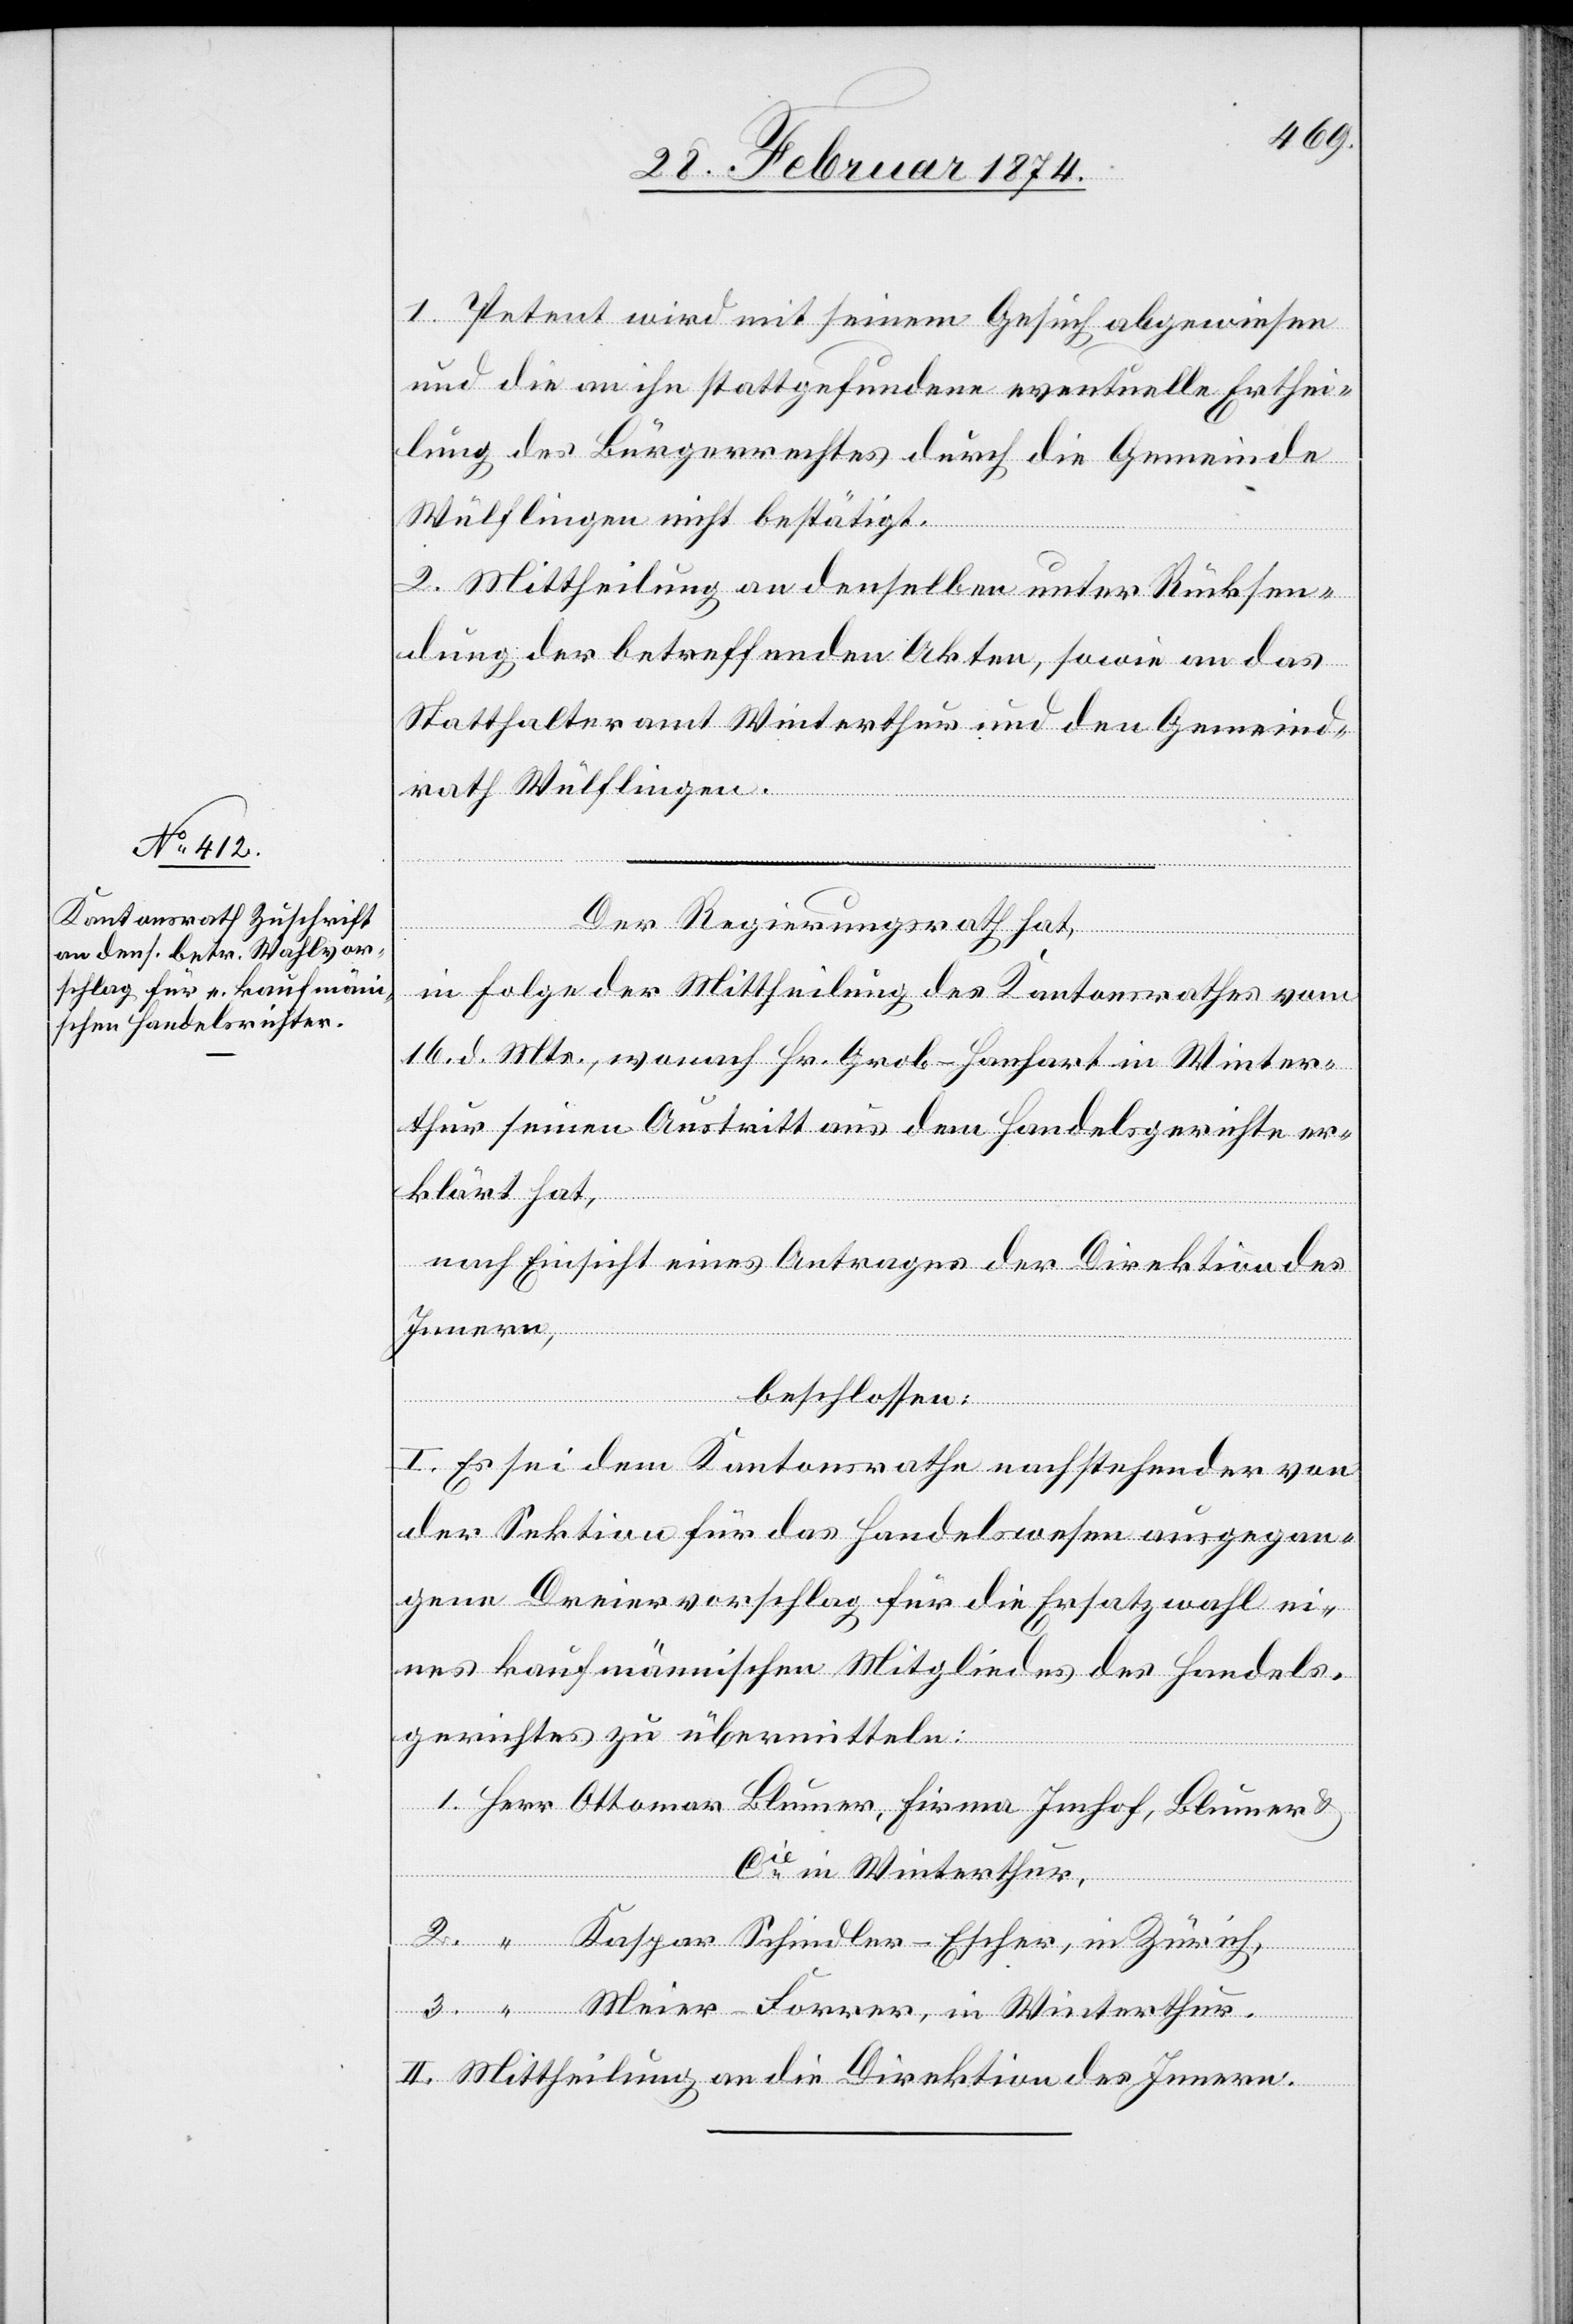
1. Petent wird mit seinem Gesuch abgewiesen
und die an ihn stattgefundene eventuelle Erthei¬
lung des Bürgerrechtes durch die Gemeinde
Wülflingen nicht bestätigt.
2. Mittheilung an denselben unter Rücksen¬
dung der betreffenden Akten, sowie an das
Statthalteramt Winterthur und den Gemeind¬
rath Wülflingen.
Der Regierungsrath hat,
in Folge der Mittheilung des Kantonsrathes vom
16. d. Mts., wonach Hr. Grob-Hanhart in Winter¬
thur seinen Austritt aus dem Handelsgerichte er¬
klärt hat,
nach Einsicht eines Antrages der Direktion des
Innern,
beschlossen:
I. Es sei dem Kantonsrathe nachstehender von
der Sektion für das Handelswesen ausgegan¬
gene Dreiervorschlag für die Ersatzwahl ei¬
nes kaufmännischen Mitgliedes des Handels¬
gerichtes zu übermitteln:
1. Herr Ottomar Blumer, Firma Imhof, Blumer u.
Cie in Winterthur,
2. “ Kaspar Schindler-Escher, in Zürich,
3. “ Meier-Forrer, in Winterthur.
II. Mittheilung an die Direktion des Innern.